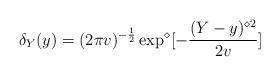
LaTeX: \begin{align*} \delta_{Y}(y)=(2\pi v)^{-\frac{1}{2}}\exp^{\diamond}[-\frac{(Y-y)^{\diamond2}}{2v}]\end{align*}